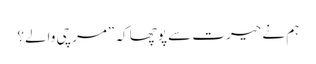
ہم نے حیرت سے پوچھا کہ ”مرچی والے؟